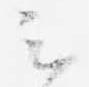
云